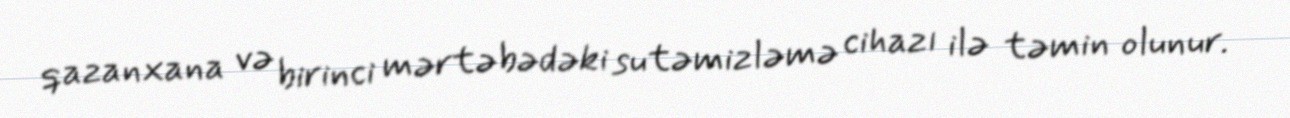
qazanxana və birinci mərtəbədəki sutəmizləmə cihazı ilə təmin olunur.